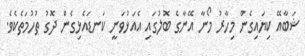
ޝަބާއޭ ކިޔައިގެން މިހާރު މޯނާ އޭނާގެ ބޮލުގައި އެއަޅުވަނީ ކަނޑައެޅިގެން ދޮގު ތުހުމަތެކެވެ.